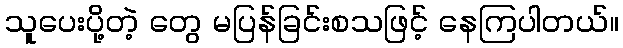
သူပေးပို့တဲ့ တွေ မပြန်ခြင်းစသဖြင့် နေကြပါတယ်။